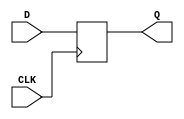
module DFF (
    input D,
    input CLK,
    output reg Q
);

always @(posedge CLK)
begin
    Q <= D;
end

endmodule